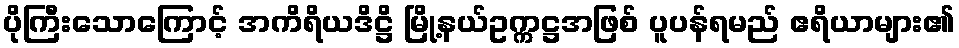
ပိုကြီးသောကြောင့် အကိရိယဒိဋ္ဌိ မြို့နယ်ဥက္ကဋ္ဌအဖြစ် ပူပန်ရမည် ဧရိယာများ၏